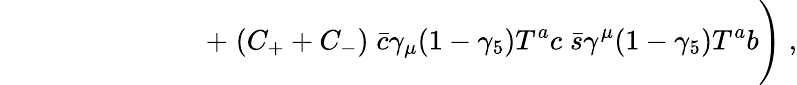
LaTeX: {\quad\quad\quad\quad\quad\quad\quad\; +\; (C_{+}+C_{-})\; {\bar{c}}\gamma_{\mu}(1-\gamma_{5})T^{a}c\; {\bar{s}}\gamma^{\mu}(1-\gamma_{5})T^{a}b\Bigg)\; ,}